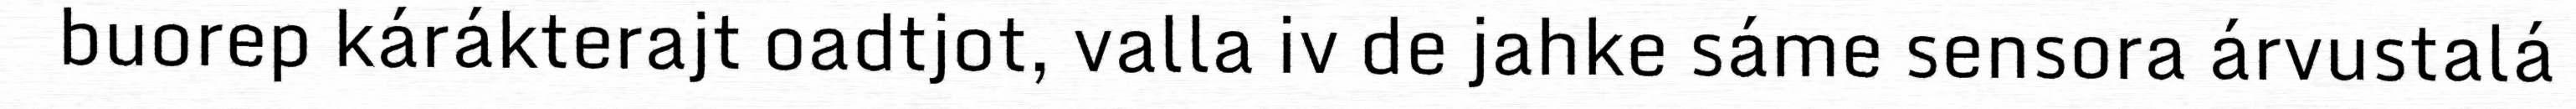
buorep kárákterajt oadtjot, valla iv de jahke sáme sensora árvustalá